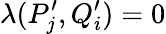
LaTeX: \lambda(P_{j}^{\prime},Q_{i}^{\prime})=0